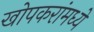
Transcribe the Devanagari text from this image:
खोपकरांमध्ये